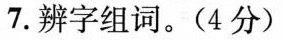
7.辨字组词。(4分)